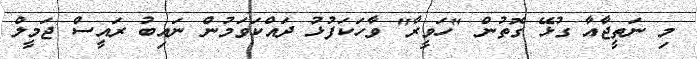
މި ނަތީޖާއާ ގުޅޭ ގޮތުން "ހަވީރާ" ވާހަކަފުޅު ދައްކަވަމުން ނައިބު ރައީސް ޖަމީލް